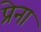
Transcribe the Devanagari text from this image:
प्रेना